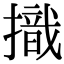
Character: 𢴠